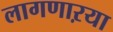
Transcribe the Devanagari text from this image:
लागणाऱया